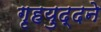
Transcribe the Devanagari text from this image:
गृहयुद्दने